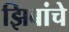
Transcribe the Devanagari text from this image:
झिबांचे